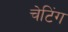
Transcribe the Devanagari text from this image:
चेटिंग